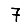
Digit: 7